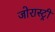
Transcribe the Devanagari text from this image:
जोरास्ट्री